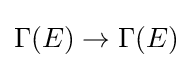
\Gamma (E)\to \Gamma (E)